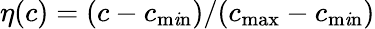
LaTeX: \eta(c)=(c-c_{\operatorname*{m\mathit{i}n}})/(c_{\operatorname*{max}}-c_{\operatorname*{m\mathit{i}n}})